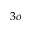
3 \sigma